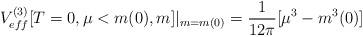
LaTeX: \begin{align*}V_{eff}^{(3)}[T=0,\mu<m(0),m]|_{m=m(0)}=\frac{1}{12\pi}[\mu^3-m^3(0)]\end{align*}